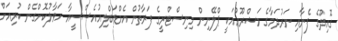
ގޮއިދޫގެ ފެނާއި ނަރުދަމާގެ މަޝްރޫޢުއަކީ ޕްލޭނިން މިނިސްޓްރީގެ ފަރާތުން އެމްޑަބްލިއުއެސްސީއާ ހަވާލުކޮށްގެން ކުރިއަށް